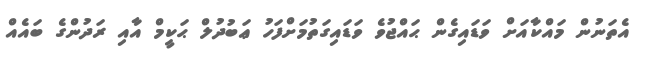
އެތަނުން މައްކާއަށް ވަޑައިގެން ޙައްޖުވެ ވަޑައިގަތުމަށްފަހު ޢަބުދުލް ޙަކީމް އާއި ރަދުންގެ ބައެއް